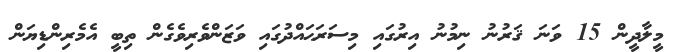
މީލާދީން 15 ވަނަ ޤަރުނު ނިމުނު އިރުގައި މިސަރަޙައްދުގައި ވަޒަންވެރިވެގެން ތިބީ އެމެރިންޑިޔަން